King Institute of Preventive Medicine Micro-Biological Section reports 1909-11
Year: 1909
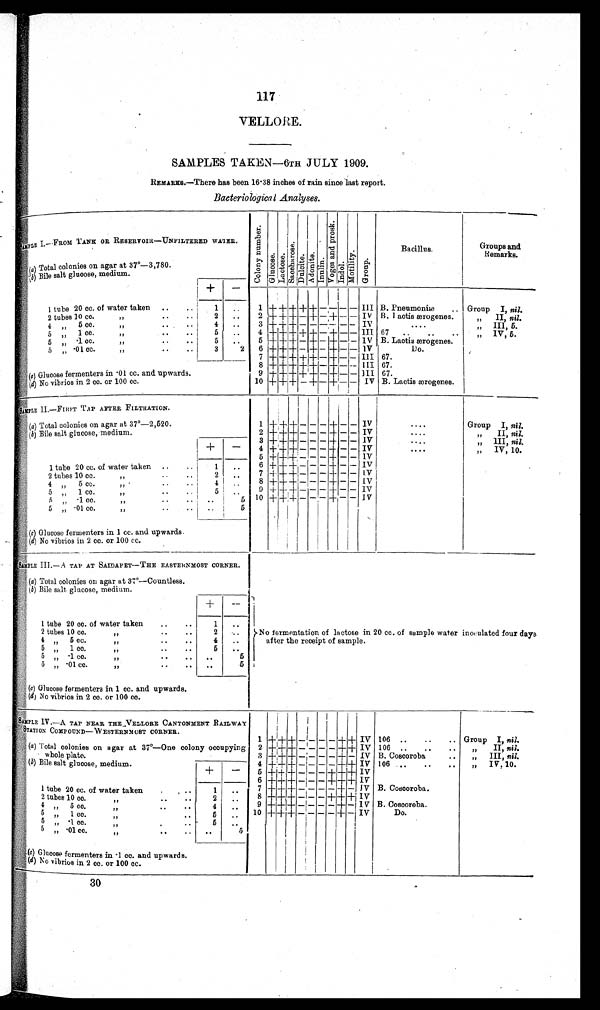
117
VELLORE.
SAMPLES TAKEN—6TH JULY 1909.
R E M a r k s . — T h e r e h a s b e e n 1 6 . 3 8 i n c h e s o f r a i n s i n c e l a s t r e p o r t .
Bacteriological Analyses.
SIMPLE I.—.FROM TANK OR RESERVOIR—UNFILTERED WATER.
C o l o n y n u m b e r .
G l u c o s e .
L a c t o s e . Saccharose.
D u l c i t e .
Adonite.
I n u l i n .
V o g e s a n d p r o s k .
I n d o l .
M o t i l i t y .
Group.
Bacillus,
Groups and
Remarks.
(a)
Total colonies on agar at 37°-3,780.
( b) Bile salt glucose, medium.
+
-
1 tube 20 cc. of water taken
.. ..
1
..
1
+
+ +
+ + — ——
-
- III B. Pneumonise ..
Group
I, nil.
" ..
..
2
..
2 ++
+ + - + - + - - IV B. Lactis ærogenes.
„
II , nil.
2 tubes 10 cc.
"
..
.
4
..
3 ++ + + - - - - - - IV
....
„
III, 5.
4
" „
5 cc.
"
..
. .
5
..
4
+
+ +
+ ++++- +
-
- III 67
..
..
„
IV, 5.
5
1 cc.
„
5
5 + + + - + - + - - IV B. Lactis ærogenes.
5
.1cc.
"
..
. .
...
"
. .
. .
. .
3
2
6
+
+++ +
- + - +
-
- IV
Do.
5
„" .01 cc.
7
+
+ +
+ ++ - +
-
- IlI 67.
_
8
+
+ +
+
+++++ - +
-
- III 67.
c) Glucose fermenters in .01 cc. and upwards.
9
+ ++
+
+ + - +
-
- III 67.
1 0 + + +
+
+
- +
- - IV B. Lactis ærogenes.
4 (d) No vibrios in 2 cc. or 100 cc.
SAMPLE II—FIRST TAP AFTER FILTRATION.
(a) Total colonies on agar at 37°—2,520.
1 +
+
+
- - - +
-
- IV
. . . .
Group
I, nil.
2
+
++ + - - - + - - IV
. . . .
" II, nil.
(b) Bile salt glucose, medium.
3
+
+ +
- - - + -
IV
. . . .
"
I I I , nil.
+
-
4 + + + - - - +
-
- IV
. . . .
" IV, 10.
5
+
+ +
- - - +
-
- IV
1 tube 20 cc. of water taken
..
..
1
..
6 +
+
++
- - - +
-
- IV
2
..
7
+
+ +
- - - +
-
- IV
2 tubes 10 cc.
4
..
8
+
+ +
- - - +
-
- IV
4
„
5 cc.
"
..
9
+
+
++ - - - + - - IV
5
5
1 cc.
"
..
..
"
.. . .
5
10
+
+ +
- - - +
-
- IV
5
.1 ccc.
..
"
"..
..
..
5
5
" .01 cc.
(c) Glucose fermenters in 1 cc. and upwards.
(d) No vibrios in 2 cc. or 100 cc.
SAMPLE III.— A TAP AT SAIDAPET— THE EASTERNMOST CORNER.
( (a) Total colonies on agar at 37°-Countless.
(b)Bile salt glucose, medium.
+
-
No fermentation of lactose in 20 cc. of sample water inoculated four days
after the receipt of sample.
1 tube 20 cc. of water taken
..
..
1
..
2 tubes 10 cc.
"
.
.
..
2
. .
4
„
5 cc.
..
"
..
..
4
..
5
„
1 ce.
"..
..
5
..
5
„
.1 cc.
"
.
.
..
. .
5
5
.0 cc.
"
.
.
5
. .
„
(c )
G l u c o s e f e r m e n t e r s i n 1
c c . a n d u p w a r d s .
(d) No vibrios in 2 cc. or 100 cc.
SAMPLE IV.—A
TAP NEAR THE VELLORE CANTONMENT RAILWAY
STATION COMPOUND— WESTERNMOST CORNER.
1
+
+
+
-
-I- - - + + IV 106
..
..
..
Group
I, nil.
(a) Total colonies on agar at 37°—One colony occupying
whole plate.
2
+
+1,-1- +
- -_1_ - -
+
++' IV 106
.. .. ..
"
II, nil.
3
+
+++ +
-
-;- - - + - IV B. Coscoroba
..
" III, nil.
(b) Bile salt glucose, medium.
_
4
+ ++ +
- - - -
+ + IV 106
..
..
..
„
IV. 10.
+
-
5
+
++ +
- - - +
+
+ IV
6
+
+
++++
- - - +
+
+ IV
1 tube 20 cc. of water taken
. . .
1
..
7 + + +
-
-,- - - + - IV B. Coscoroba.
2 tubes
2
..
8
+ +
+
- - - +
+
+ IV
10 cc.
"
..
.
4
4
....
9
+
+++
+
-
-I- - - +
- IV B. Coscoroba.
„
5 cc.
" ..
..
5
5
..
10
+
++14- +
- - - - + -i IV
Do.
1 cc.
"
"
..
5
.1 cc.
5
..
"
"
. . .
5
.01 cc.
..
5
„
"
.. ..
( c)Glucose fermenters in .1 cc. and upwards
I
(d) No vibrios in 2 cc. or 100 cc.
30